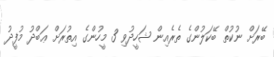
ބޭރަށް ނުކުތް ބޭކަލުންގެ ތެރެއިން ޝަހީދުވި 3 މީހުންގެ އިތުރަށް ޢަބްދު މުފީދު